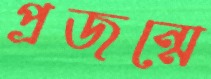
প্রজন্মে